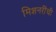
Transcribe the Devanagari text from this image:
मिशनरींची